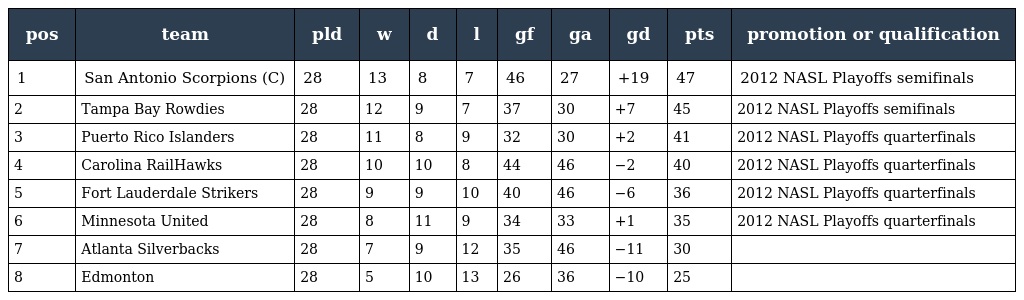
| pos | team | pld | w | d | l | gf | ga | gd | pts | promotion or qualification |
 | --- | --- | --- | --- | --- | --- | --- | --- | --- | --- | --- |
 | 1 | San Antonio Scorpions (C) | 28 | 13 | 8 | 7 | 46 | 27 | +19 | 47 | 2012 NASL Playoffs semifinals |
 | 2 | Tampa Bay Rowdies | 28 | 12 | 9 | 7 | 37 | 30 | +7 | 45 | 2012 NASL Playoffs semifinals |
 | 3 | Puerto Rico Islanders | 28 | 11 | 8 | 9 | 32 | 30 | +2 | 41 | 2012 NASL Playoffs quarterfinals |
 | 4 | Carolina RailHawks | 28 | 10 | 10 | 8 | 44 | 46 | −2 | 40 | 2012 NASL Playoffs quarterfinals |
 | 5 | Fort Lauderdale Strikers | 28 | 9 | 9 | 10 | 40 | 46 | −6 | 36 | 2012 NASL Playoffs quarterfinals |
 | 6 | Minnesota United | 28 | 8 | 11 | 9 | 34 | 33 | +1 | 35 | 2012 NASL Playoffs quarterfinals |
 | 7 | Atlanta Silverbacks | 28 | 7 | 9 | 12 | 35 | 46 | −11 | 30 |  |
 | 8 | Edmonton | 28 | 5 | 10 | 13 | 26 | 36 | −10 | 25 |  |